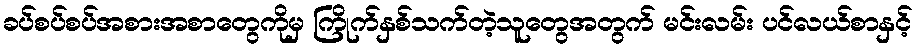
ခပ်စပ်စပ်အစားအစာတွေကိုမှ ကြိုက်နှစ်သက်တဲ့သူတွေအတွက် မင်းလမ်း ပင်လယ်စာနှင့်